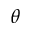
\theta